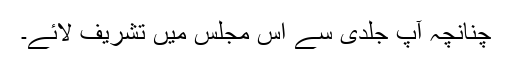
چنانچہ آپؐ جلدی سے اس مجلس میں تشریف لائے۔